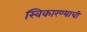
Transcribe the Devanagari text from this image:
स्विकारण्याची